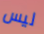
ليس